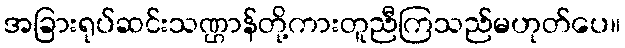
အခြားရုပ်ဆင်းသဏ္ဌာန်တို့ကားတူညီကြသည်မဟုတ်ပေ။